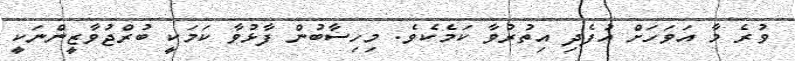
ވުރެ މާ އަވަހަށް އުފެދި އިތުރުވާ ކަމެކެވެ. މިހިސާބުން ފާޅުވާ ކަމަކީ ބުރްޖުވާޒީންނަކީ